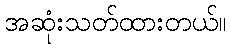
အဆုံးသတ်ထားတယ်။